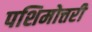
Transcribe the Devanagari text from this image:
पशिमोत्तरी